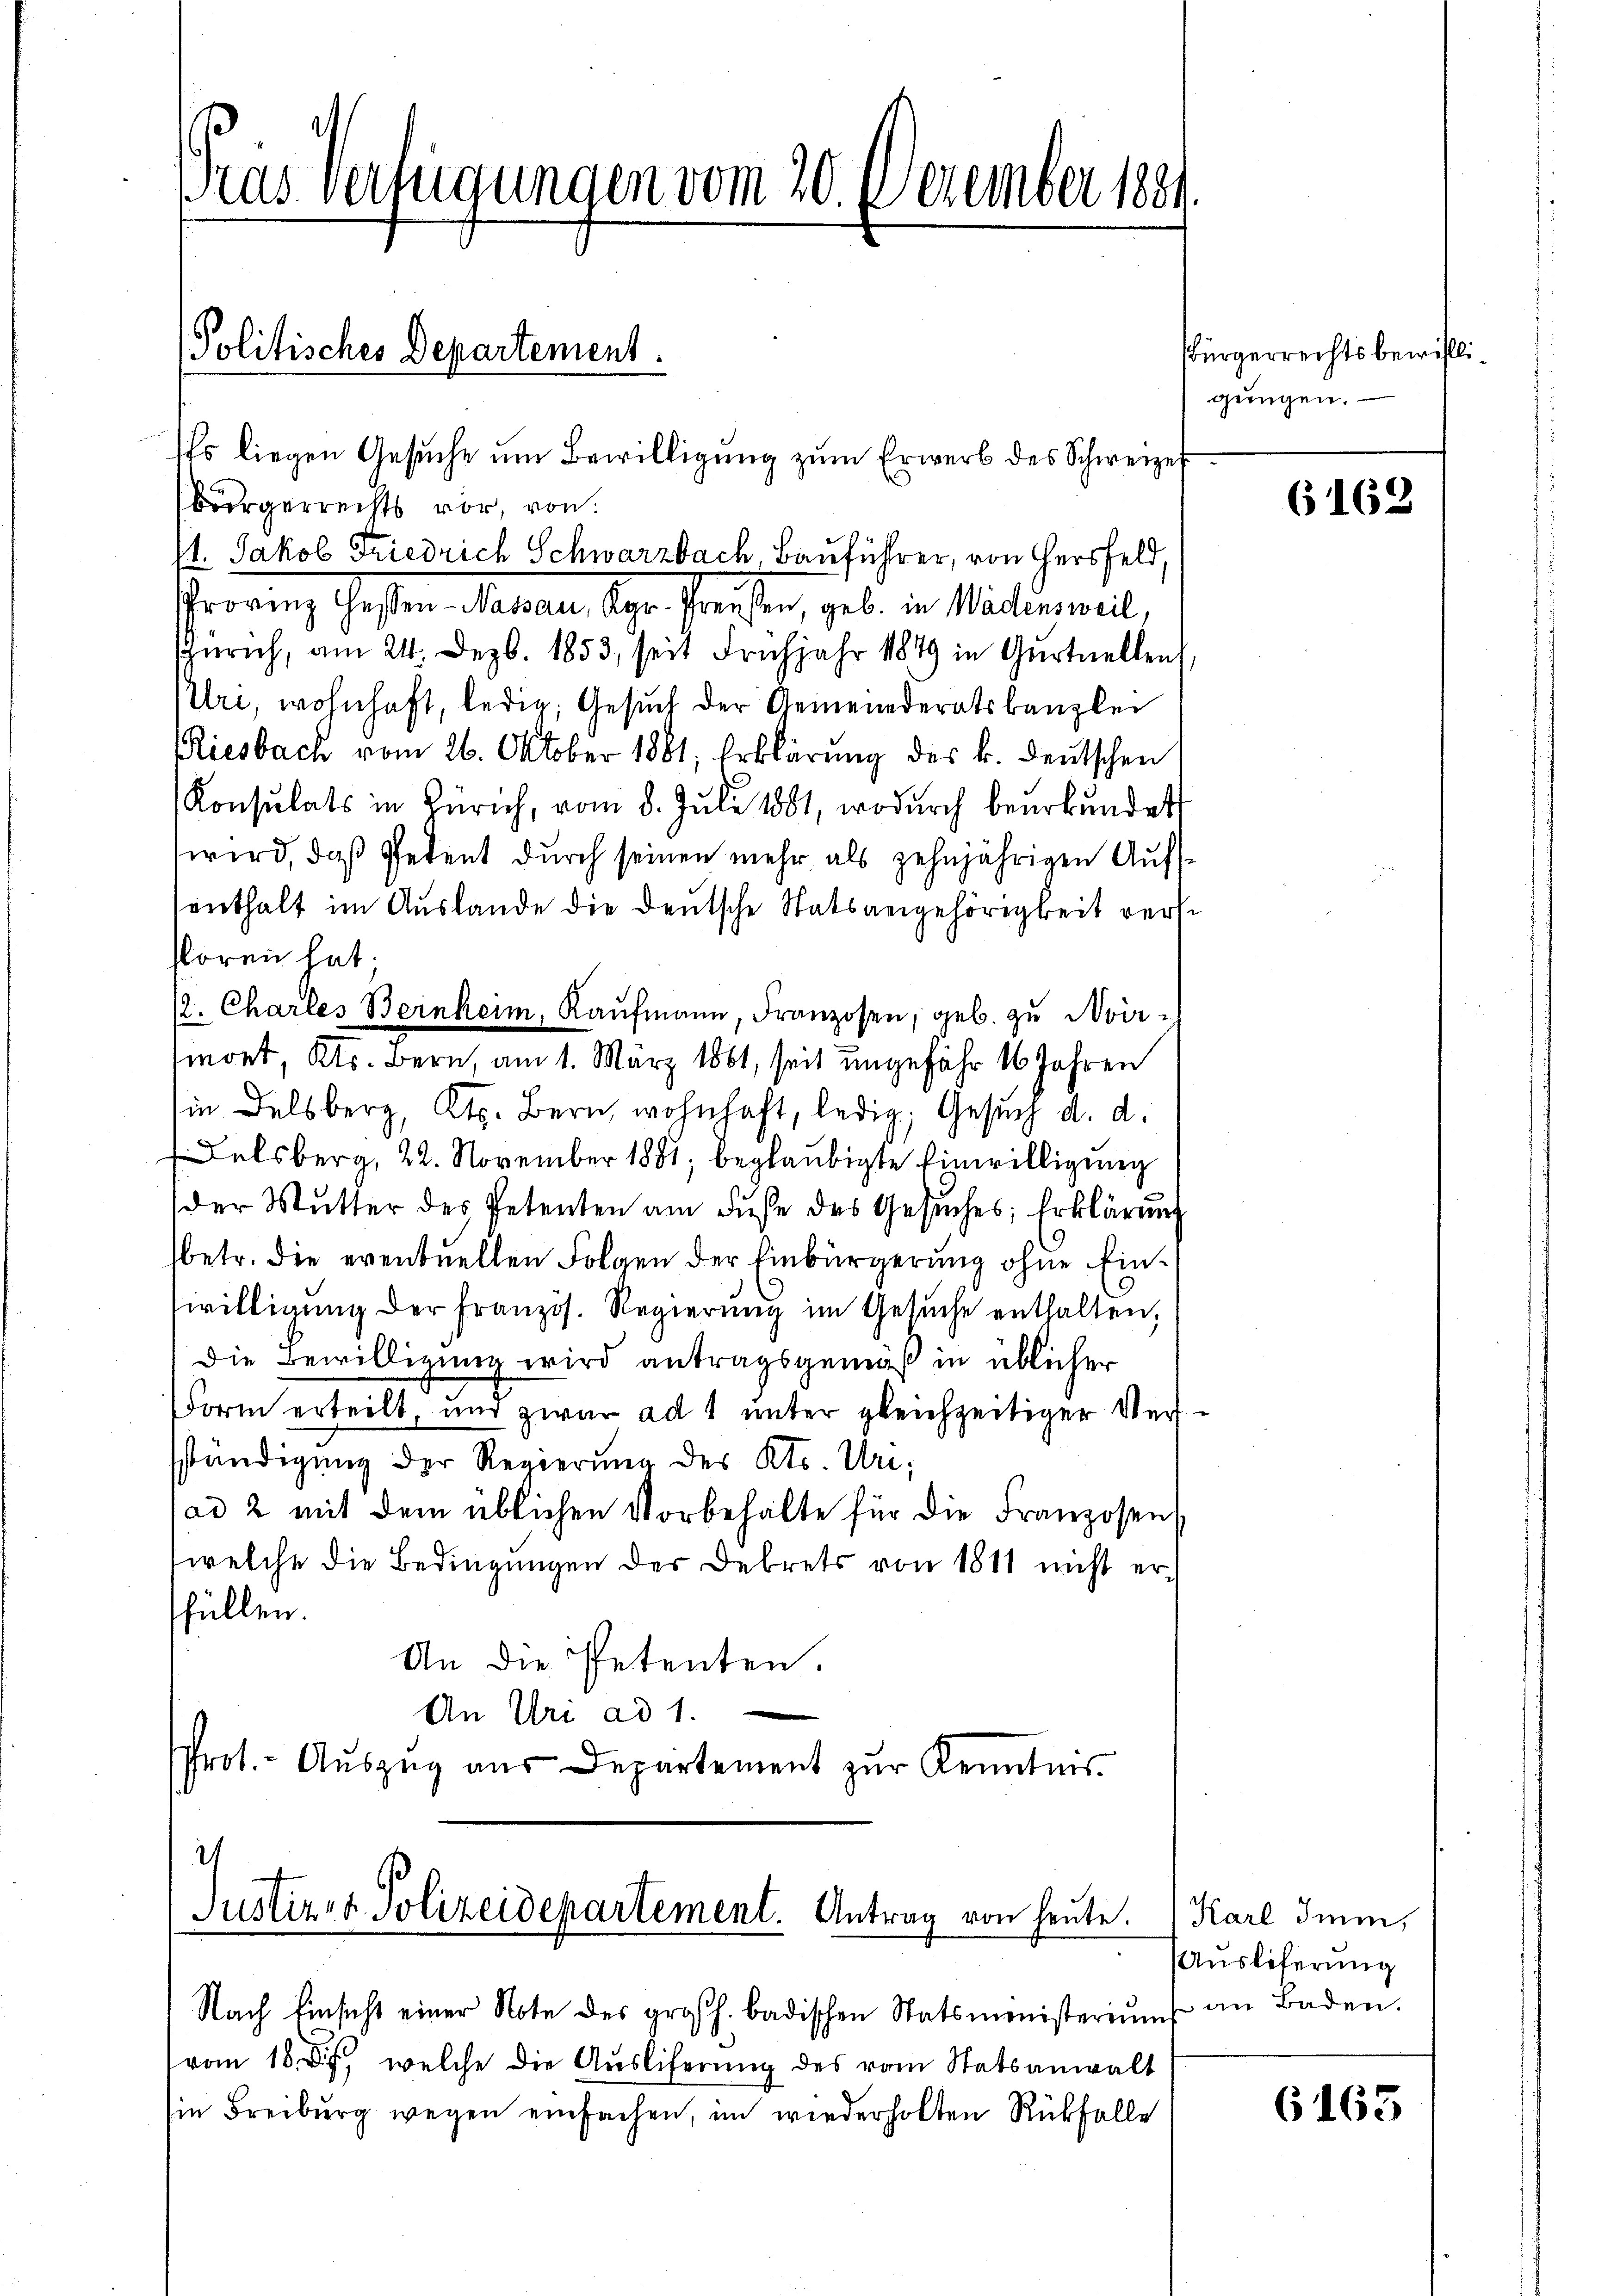
Pras Verfügungen vom 20. Dezember 1884.

Politisches Departement.
Es liegen Gesŭche um Bewilligung zum Erwerb des Schweizer

bürgerrechts vor, von
st. Jakob Friedrich Schwarzbach, Bauführer, von Herrfeld,
rörung Gasten Mater, der Preisen, geb. 2. Maidlerweil,
Zürich, am 24. Dezb. 1853, seit Frühjahr 1849 in Gŭrtuellen
plri, wohnhaft, ledig, Gesuch der Gemeinderatskanzlei
Riesbach vom 26. Oktober 1881, Erklärung des k. deutschen
Konsulats in Zürich, vom 8. Jŭli 1881, wodurch beurkundet
wird, daß Petent durch seinen mehr als zehnjährigen Aufssenthalt im Auslande die deutsche Statsangehörigkeit verse
soren hat.
/2. Charles Bernheim, Kaŭfmann, Franzosen, geb. zŭ Noir-
mont, Kts. Bern, am 1. März 1861, seit ungefähr 16 Jahren
in Delsberg, Kt. Bern, wohnhaft, ledig, Gesuch d. d.
Delsberg, 22. November 1881, beglaubigte Einwilligung
der Mutter des Petenten am Fuße des Gesuches Erklärung
(betr. die eventuellen Folgen der Einbürgerung ohne Einwilligŭng der französ. Regierŭng im Gesŭche enthalten,
Die Bewilligung wird antragsgemäß in üblicher
Form erteilt, nur zwar ad 1 unter gleichzeitiger Versständigung der Regierung des Kts. Unad 2 mit dem üblichen Vorbehalte für die Franzosen
welche die Bedingungen des Dekrets von 1811 nicht erfüllen.
An die Petenten.
An Uri ad 1.
Prot.- Aŭszŭg aŭs Departement zŭr Kenntnis

Justiz- & Polizeidepartement. Antrag von heute.

Nach Einsicht einer Note des großh. badischen Statsministeriums an Baden.
vom 18. Der welche die Ausliferung des vom Statsanwalt
(in Freiburg wegen einfachen, im wiederholten Rückfalle

sbürgerrechtsbewilligungen.

6162

Karl Imm
Auslieferung

6163